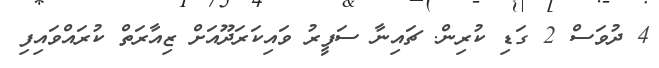
4 ދުވަސް 2 ގަޑި ކުރިން. ޗައިނާ ސަފީރު ވައިކަރަދޫއަށް ޒިއާރަތް ކުރައްވައިފި